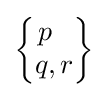
{\begin{Bmatrix}p\ \ \\q,r\end{Bmatrix}}